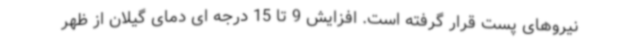
نیروهای پست قرار گرفته است. افزایش 9 تا 15 درجه ای دمای گیلان از ظهر